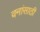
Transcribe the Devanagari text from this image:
वनांसाठी